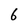
Character: 6